Annual report of the Central Committee of the Association together with the report of the directors of the Pasteur Institute at Kasauli
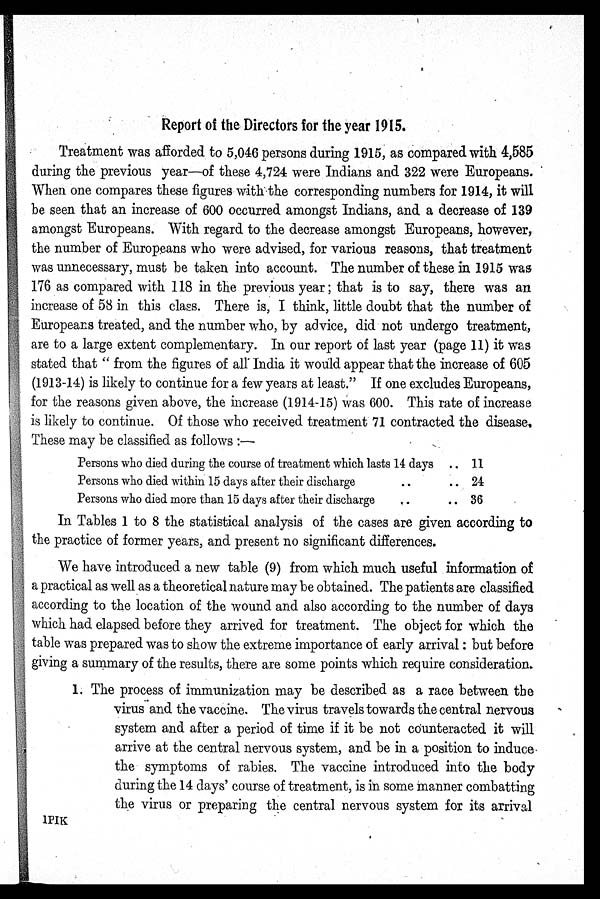
Report of the Directors for the year 1915.
Treatment was afforded to 5,046 persons during 1915, as compared with 4,585
during the previous year—of these 4,724 were Indians and 322 were Europeans.
When one compares these figures with the corresponding numbers for 1914, it will
be seen that an increase of 600 occurred amongst Indians, and a decrease of 139
amongst Europeans. With regard to the decrease amongst Europeans, however,
the number of Europeans who were advised, for various reasons, that treatment
was unnecessary, must be taken into account. The number of these in 1915 was
176 as compared with 118 in the previous year; that is to say, there was an
increase of 58 in this class. There is, I think, little doubt that the number of
Europeans treated, and the number who, by advice, did not undergo treatment,
are to a large extent complementary. In our report of last year (page 11) it was
stated that "from the figures of all India it would appear that the increase of 605
(1913-14) is likely to continue for a few years at least." If one excludes Europeans,
for the reasons given above, the increase (1914-15) Was 600. This rate of increase
is likely to continue. Of those who received treatment 71 contracted the disease,
These may be classified as follows:—
Persons who died during the course of treatment which lasts 14 days . .
11
Persons who died within 15 days after their discharge . .
24
Persons who died more than 15 days after their discharge . .
36
In Tables 1 to 8 the statistical analysis of the cases are given according to
the practice of former years, and present no significant differences.
We have introduced a new table (9) from which much useful information of
a practical as well as a theoretical nature may be obtained. The patients are classified
according to the location of the wound and also according to the number of days
which had elapsed before they arrived for treatment. The object for which the
table was prepared was to show the extreme importance of early arrival: but before
giving a summary of the results, there are some points which require consideration.
1. The process of immunization may be described as a race between the
virus and the vaccine. The virus travels towards the central nervous
system and after a period of time if it be not counteracted it will
arrive at the central nervous system, and be in a position to induce
the symptoms of rabies. The vaccine introduced into the body
during the 14 days' course of treatment, is in some manner combatting
the virus or preparing the central nervous system for its arrival
1 P I K